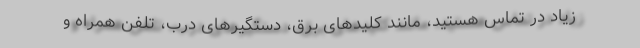
زیاد در تماس هستید، مانند کلیدهای برق، دستگیرهای درب، تلفن همراه و